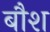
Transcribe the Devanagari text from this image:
बौश